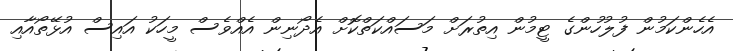
އެހެންކަމުން ފުލުހުންގެ ޓީމުން އިތުރަށް މަސައްކަތްކޮށް އެދޯނިން އެއްވެސް މީހަކު އައިސް އުޅޭތޯއާއި